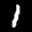
Label: 1